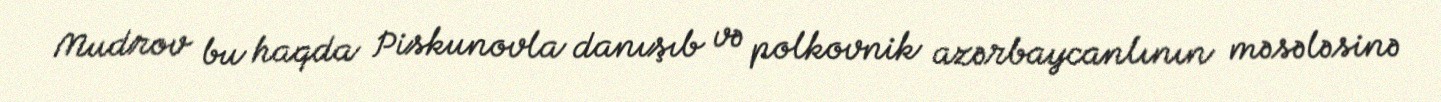
Mudrov bu haqda Piskunovla danışıb və polkovnik azərbaycanlının məsələsinə